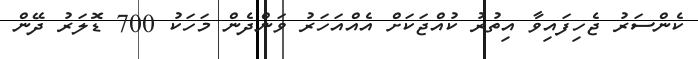
ކެންސަރު ޖެހިފައިވާ އިތުރު ކުއްޖަކަށް އެއްއަހަރު ވަންދެން މަހަކު 700 ޑޮލަރު ދޭން